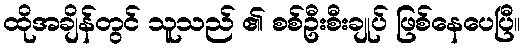
ထိုအချိန်တွင် သူသည် ၏ စစ်ဦးစီးချုပ် ဖြစ်နေပေပြီ။